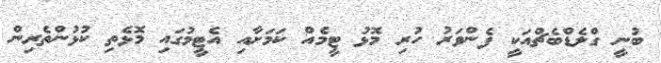
ބުނީ ގްލެޑްބެޗްއަކީ ފެންވަރު ހުރި މޮޅު ޓީމެއް ކަމަށާއި އެޓީމުގައި މޮޅެތި ކުޅުންތެރިން